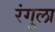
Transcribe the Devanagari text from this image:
रंगुला